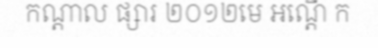
កណ្តាល ផ្សារ ២០១២មេ អណ្តើ ក